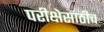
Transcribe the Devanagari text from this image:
परीक्षेसाठीच